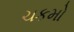
ચકમો